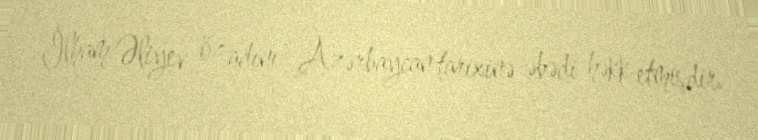
İlham Əliyev öz adını Azərbaycan tarixinə əbədi həkk etmişdir.